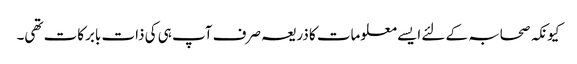
کیونکہ صحابہ کے لئے ایسے معلومات کا ذریعہ صرف آپ ہی کی ذات بابرکات تھی۔